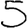
Digit: 5